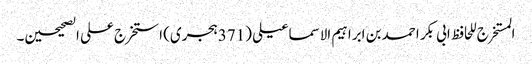
المستخرج للحافظ ابی بکر احمد بن ابراہیم الاسماعیلی (371ہجری) استخرج علی الصحیحین۔